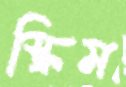
স্ক্রিম